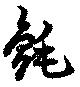
氈